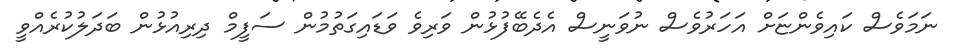
ނަމަވެސް ކައިވެންޏަށް އަހަރުވެސް ނުވަނީސް އެދެބޭފުޅުން ވަރިވެ ވަޑައިގަތުމުން ސަފީމް ދިރިއުޅުން ބަދަލުކުރެއްވީ